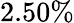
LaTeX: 2.50\%